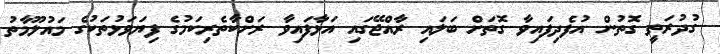
ގުދުރަތީ ގޮތުން އުފެދިފައިވާ ގޮތަށް ބަލައި ރާއްޖޭގައި އަޅާފައިވާ ރަށްކާތެރިކަމުގެ ފިޔަވަޅުތަކުގެ މައުލޫމާތު